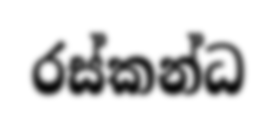
රස්කන්ධ